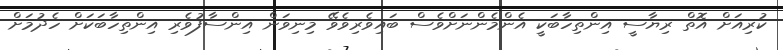
ކުރިއަށް އޮތް ރިޔާސީ އިންތިހާބަކީ އެންމެންނަށްވެސް ބައިވެރިވެވޭ މިނިވަން އިންސާފުވެރި އިންތިހާބަކަށް ހެދުމަށް